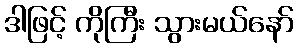
ဒါဖြင့် ကိုကြီး သွားမယ်နော်